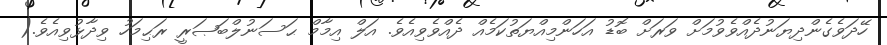
ހޭދަވެގެންދިޔަނުދެއްވެވުމަށް ވަރަށް ބޮޑު އަހަންމިއްޔަތުކަމެއް ދެއްވެވިއެވެ. އަލް އިމާމް ޙަސަނުލްބަޞަރީ ރަޙިމަހު ވިދާޅުވިއެވެ.(